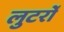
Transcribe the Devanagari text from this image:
लुटर्रों